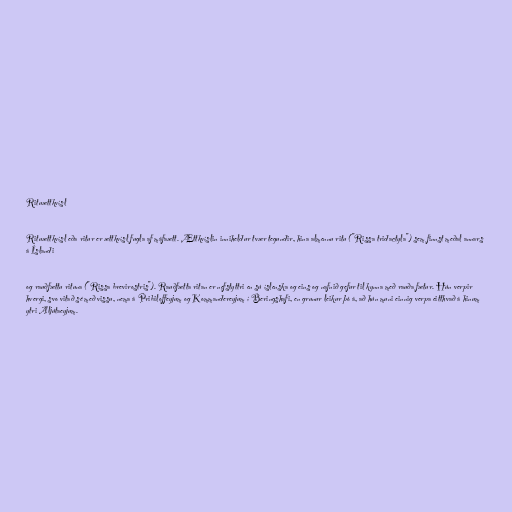
Rituættkvísl

Rituættkvísl eða ritur er ættkvísl fugla af máfaætt. Ættkvíslin inniheldur tvær tegundir, hina almennu ritu ("Rissa tridactyla") sem finnst meðal annars
á Íslandi

og rauðfættu rituna ("Rissa brevirostris"). Rauðfætta ritan er nefstyttri en sú íslenska og eins og nafnið gefur til kynna með rauða fætur. Hún verpir
hvergi, svo vitað sé með vissu, nema á Pribiloffeyjum og Kommandereyjum í Beringshafi, en grunur leikur þó á, að hún muni einnig verpa eitthvað á hinum
ytri Aljútaeyjum.